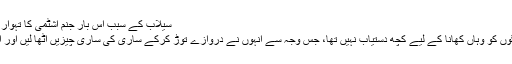
Image caption سیلاب کے سبب اس بار جنم اشٹمی کا تہوار پھیکا ہے
مھیش کمار کا کہنا ہے کہ لوگوں کو وہاں کھانا کے لیے کچھ دستیاب نہیں تھا، جس وجہ سے انہوں نے دروازے توڑ کرکے ساری کی ساری چیزیں اٹھا لیں اور ایک دکان کو بھی نہیں چھوڑا ۔